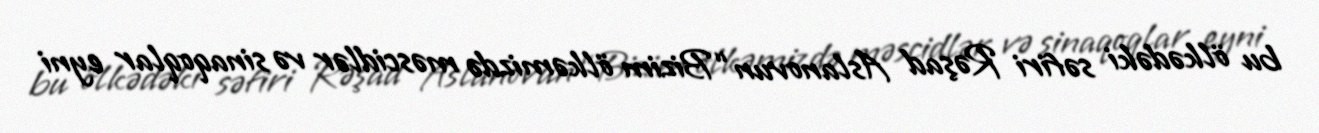
bu ölkədəki səfiri Rəşad Aslanovun “Bizim ölkəmizdə məscidlər və sinaqoqlar eyni